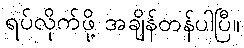
ရပ်လိုက်ဖို့ အချိန်တန်ပါပြီ။